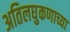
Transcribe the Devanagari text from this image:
अतिलघुकणाच्या